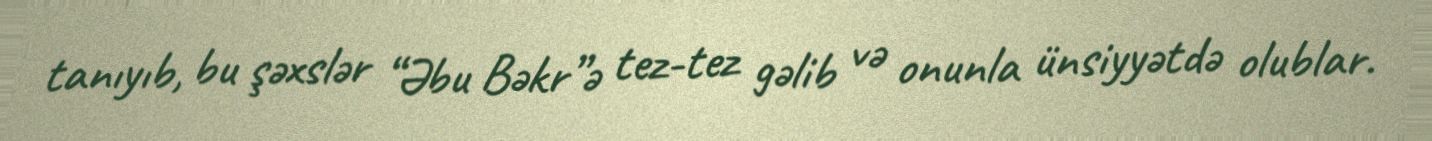
tanıyıb, bu şəxslər “Əbu Bəkr”ə tez-tez gəlib və onunla ünsiyyətdə olublar.